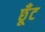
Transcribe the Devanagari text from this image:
छूँट